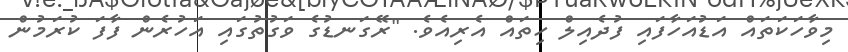
މިވާހަކަތައް އަޑުއަހާފައި ފުދެއިލް ހިތައް އެރިއެވެ. "ރޭގަނޑުގެ ވަގުތުގައި އަހުރެން ފާފަ ކުރަމުން